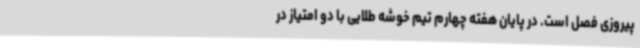
پیروزی فصل است. در پایان هفته چهارم تیم خوشه طلایی با دو امتیاز در